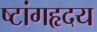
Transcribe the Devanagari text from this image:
ष्टांगहृदय